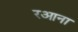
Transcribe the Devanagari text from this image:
रआना